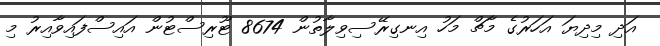
އަދި މިދިޔަ އަހަރުގެ މާޗް މަހު އިނގިރޭސިވިލާތުން 8674 ޓޫރިސްޓުން އައިސްފައިވާއިރު މި